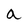
Character: a